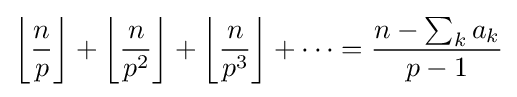
\left\lfloor {\frac {n}{p}}\right\rfloor +\left\lfloor {\frac {n}{p^{2}}}\right\rfloor +\left\lfloor {\frac {n}{p^{3}}}\right\rfloor +\dots ={\frac {n-\sum _{k}a_{k}}{p-1}}